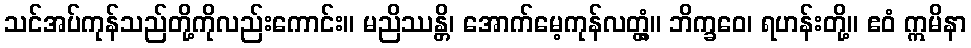
သင်အပ်ကုန်သည်တို့ကိုလည်းကောင်း။ မညိဿန္တိ၊ အောက်မေ့ကုန်လတ္တံ့။ ဘိက္ခဝေ၊ ရဟန်းတို့။ ဧဝံ ဣမိနာ